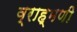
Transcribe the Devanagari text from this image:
व्राह्मणी